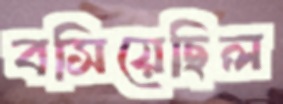
বসিয়েছিল